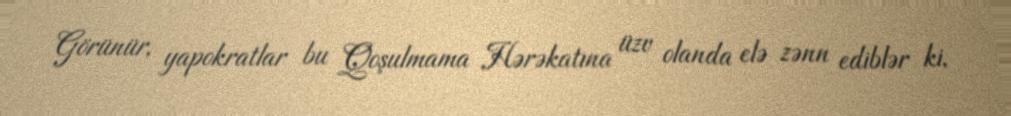
Görünür, yapokratlar bu Qoşulmama Hərəkatına üzv olanda elə zənn ediblər ki,